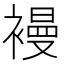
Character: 𧜞